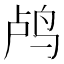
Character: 鸬